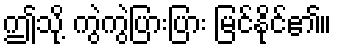
ဤသို့ ကွဲကွဲပြားပြား မြင်နိုင်၏။